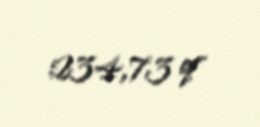
234,73 q